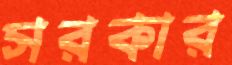
সরকার